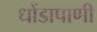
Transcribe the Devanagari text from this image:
धोंडापाणी